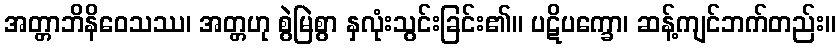
အတ္တာဘိနိဝေသဿ၊ အတ္တဟု စွဲမြဲစွာ နှလုံးသွင်းခြင်း၏။ ပဋိပက္ခော၊ ဆန့်ကျင်ဘက်တည်း။